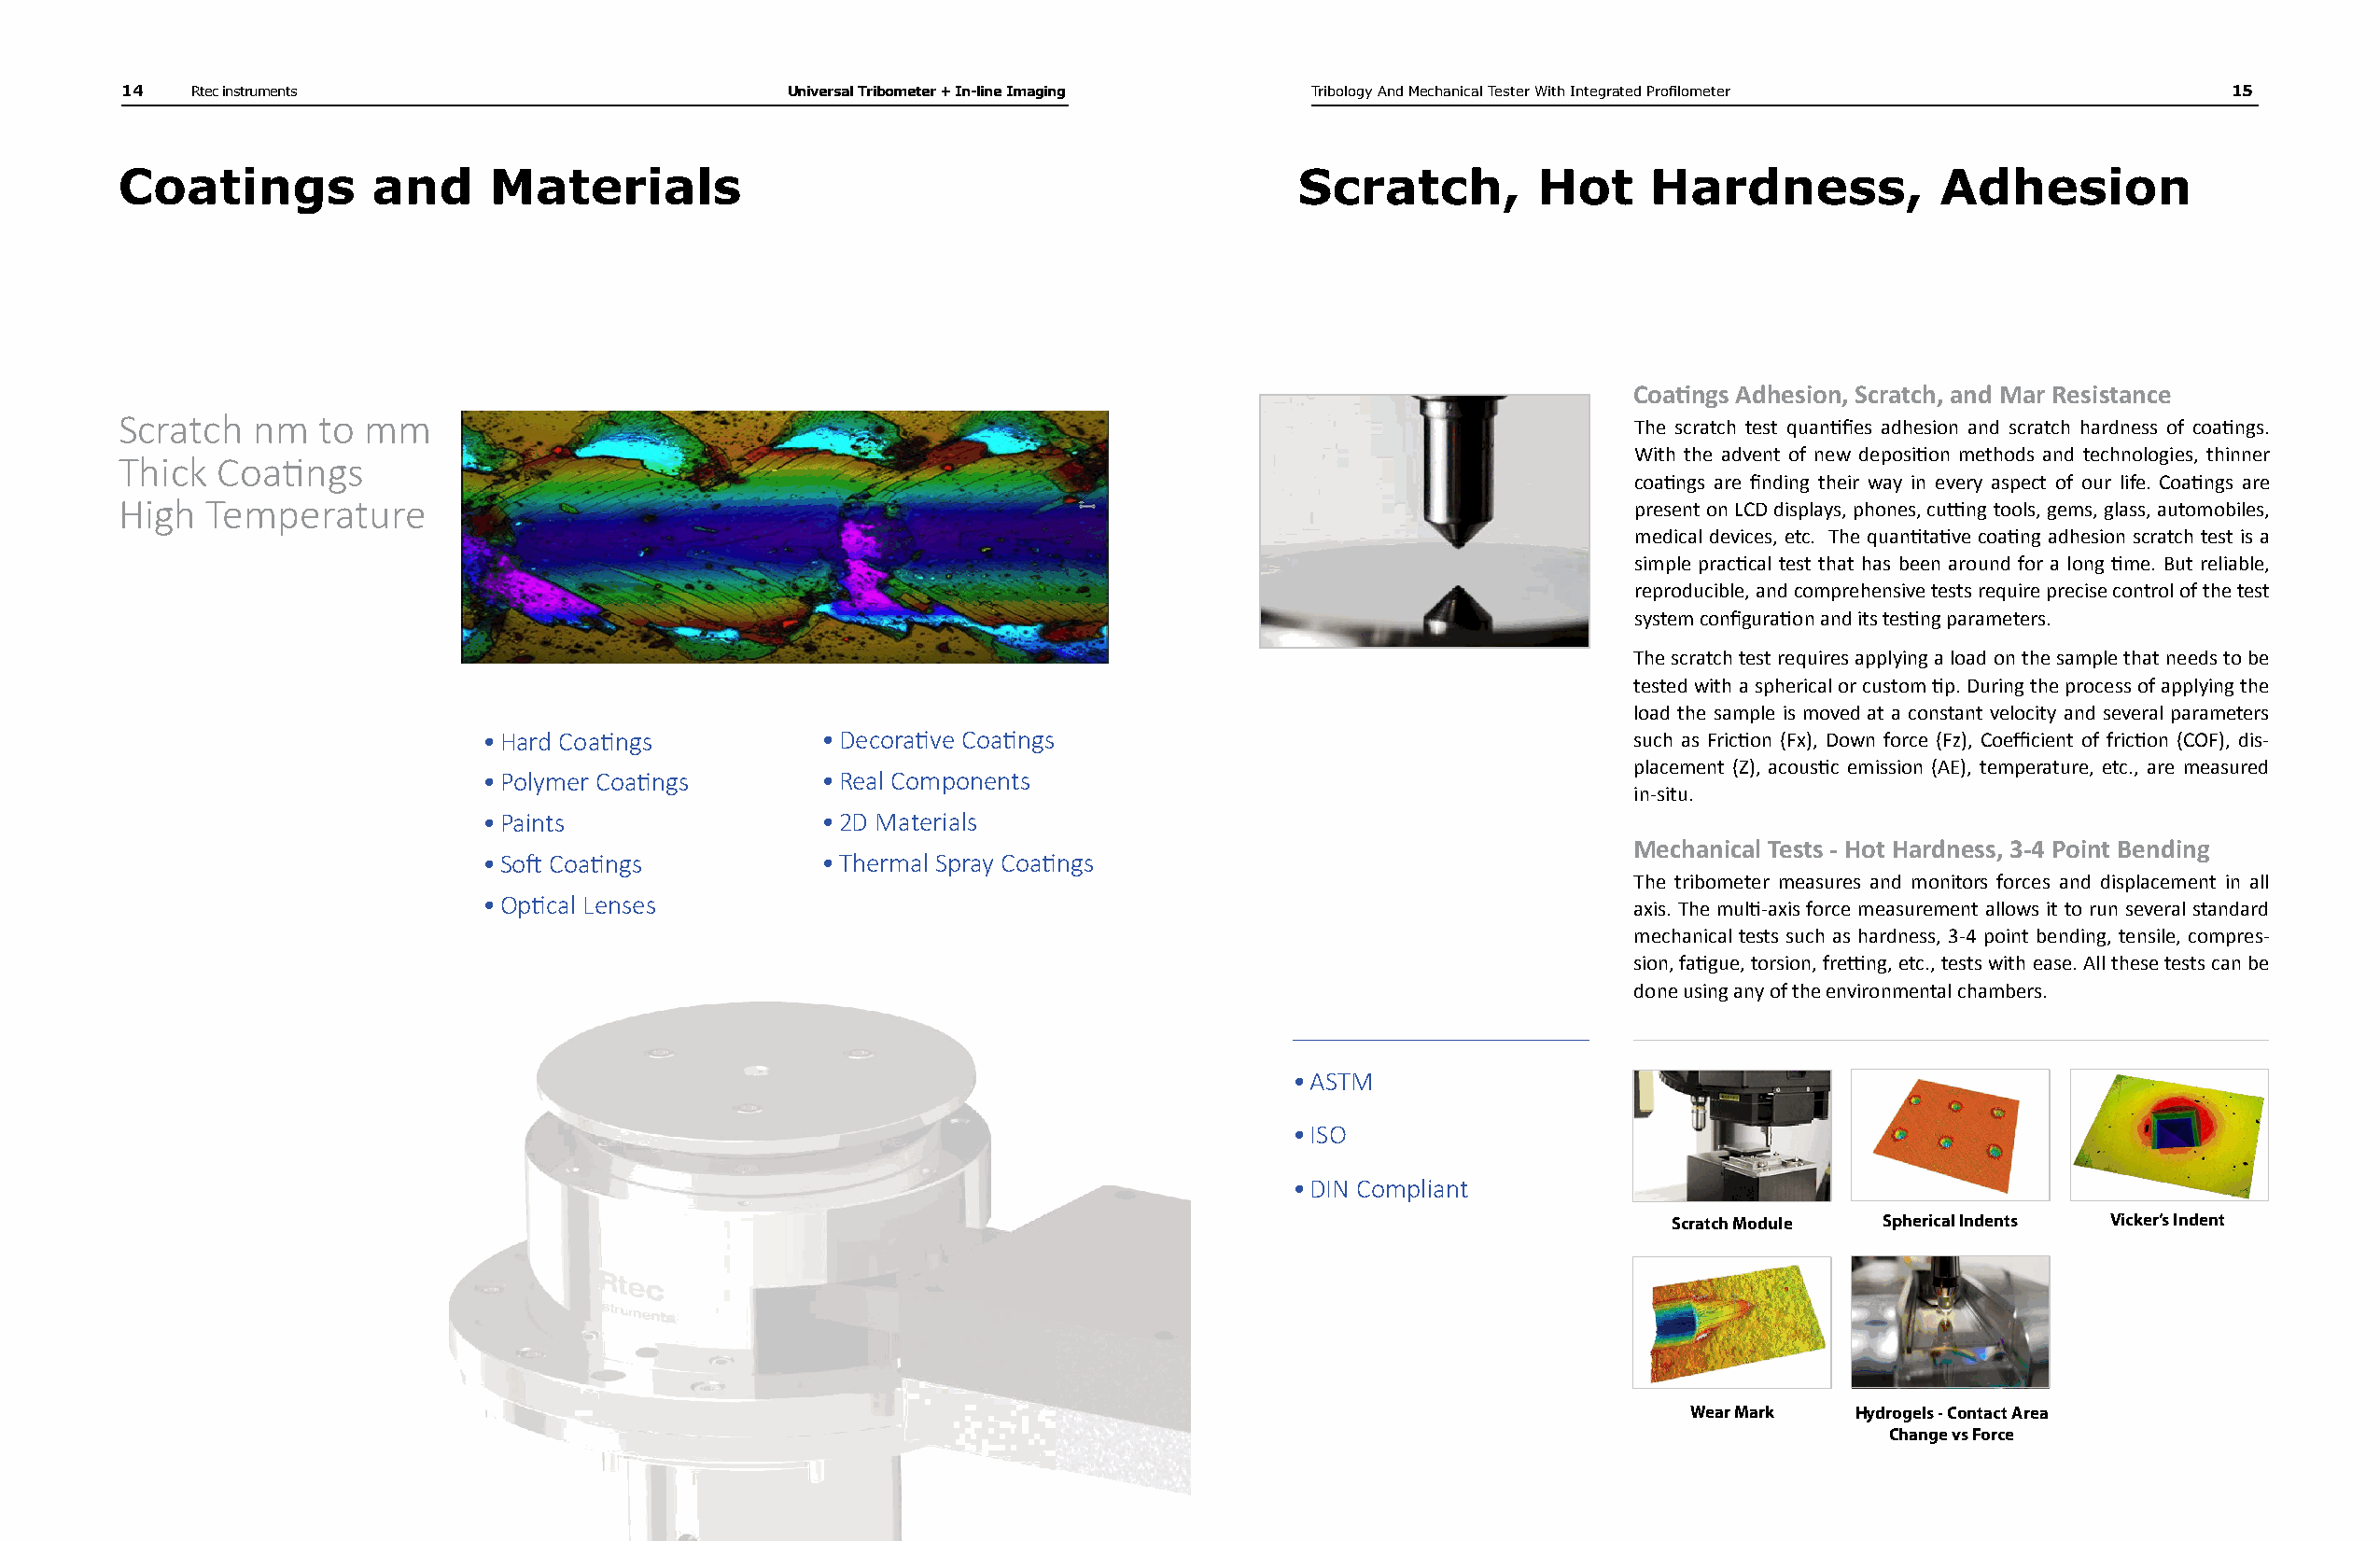
14   Rtec instruments                          Universal Tribometer + In-line Imaging Tribology And Mechanical Tester With Integrated Profilometer   15
 Coatings          and      Materials                                                Scratch,         Hot     Hardness,            Adhesion
 Coatings Adhesion, Scratch, and Mar Resistance
 Scratch   nm   to mm
 The scratch test quantifies adhesion and scratch hardness of coatings.
 With the advent of new deposition methods and technologies, thinner
 Thick  Coatings
 coatings are finding their way in every aspect of our life. Coatings are
 High   Temperature                                                                                          present on LCD displays, phones, cutting tools, gems, glass, automobiles,
 medical devices, etc. The quantitative coating adhesion scratch test is a
 simple practical test that has been around for a long time. But reliable,
 reproducible, and comprehensive tests require precise control of the test
 system configuration and its testing parameters.
 The scratch test requires applying a load on the sample that needs to be
 tested with a spherical or custom tip. During the process of applying the
 load the sample is moved at a constant velocity and several parameters
 • Hard Coatings         • Decorative Coatings                                     such as Friction (Fx), Down force (Fz), Coefficient of friction (COF), dis-
 placement (Z), acoustic emission (AE), temperature, etc., are measured
 • Polymer Coatings      • Real Components
 in-situ.
 • Paints                • 2D Materials
 Mechanical Tests - Hot Hardness, 3-4 Point Bending
 • Soft Coatings         • Thermal Spray Coatings
 The tribometer measures and monitors forces and displacement in all
 • Optical Lenses
 axis. The multi-axis force measurement allows it to run several standard
 mechanical tests such as hardness, 3-4 point bending, tensile, compres-
 sion, fatigue, torsion, fretting, etc., tests with ease. All these tests can be
 done using any of the environmental chambers.
 • ASTM
 • ISO
 • DIN Compliant
 Scratch Module Spherical Indents Vicker’s Indent
 Wear Mark   Hydrogels - Contact Area
 Change vs Force